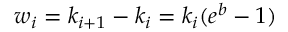
w _ { i } = k _ { i + 1 } - k _ { i } = k _ { i } ( e ^ { b } - 1 )